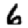
Digit: 6